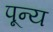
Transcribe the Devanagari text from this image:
पून्य